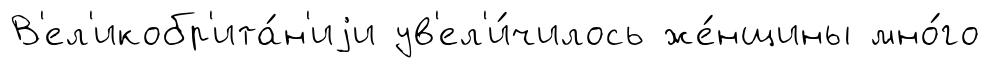
В'ел'икобр'ита́н'иjи ув'ел'и́чилось же́нщины мно́го